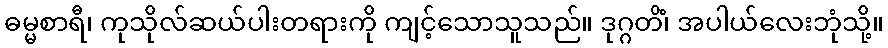
ဓမ္မစာရီ၊ ကုသိုလ်ဆယ်ပါးတရားကို ကျင့်သောသူသည်။ ဒုဂ္ဂတိံ၊ အပါယ်လေးဘုံသို့။